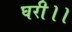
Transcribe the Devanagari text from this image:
घरी।।